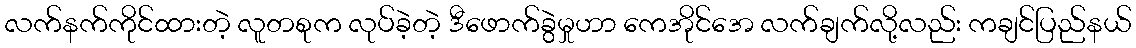
လက်နက်ကိုင်ထားတဲ့ လူတစုက လုပ်ခဲ့တဲ့ ဒီဖောက်ခွဲမှုဟာ ကေအိုင်အေ လက်ချက်လို့လည်း ကချင်ပြည်နယ်